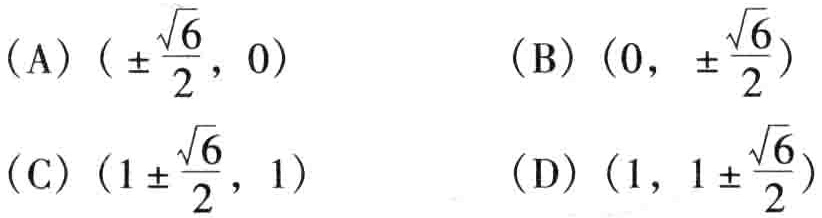
(A) \((\pm\frac{\sqrt{6}}{2},0)\)  (B) \((0,\pm\frac{\sqrt{6}}{2})\)
(C) \((1\pm\frac{\sqrt{6}}{2},1)\)  (D) \((1,1\pm\frac{\sqrt{6}}{2})\)